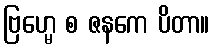
ဗြဟ္မေ စ ဇနကေ ပိတာ။